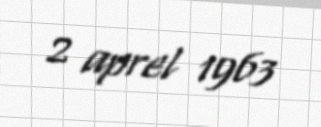
2 aprel 1963